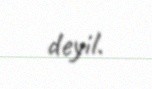
deyil.